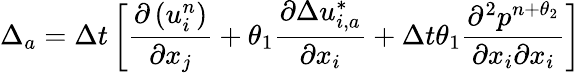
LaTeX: \Delta_{a}=\Delta t\left[\frac{\partial\left(u_{i}^{n}\right)}{\partial{{x}_{j}}}+{{\theta}_{1}}\frac{\partial\Delta u_{i,a}^{*}}{\partial{{x}_{i}}}+\Delta t{{\theta}_{1}}\frac{{{\partial}^{2}}{{p}^{n+{{\theta}_{2}}}}}{\partial{{x}_{i}}\partial{{x}_{i}}}\right]